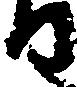
る